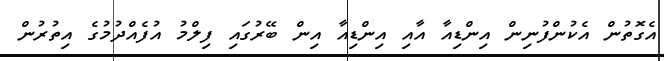
އެގޮތުން އެކުންފުނިން އިންޑިއާ އާއި އިންޑިއާ އިން ބޭރުގައި ފިލްމު އުފެއްދުމުގެ އިތުރުން